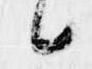
候